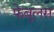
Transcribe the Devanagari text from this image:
फेबुलस